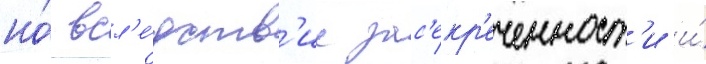
но́ всл'е́дств'ие зас'екр'еченност'и и́